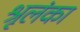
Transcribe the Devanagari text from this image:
श्रृलंका